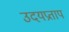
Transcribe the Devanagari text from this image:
उदयप्रताप